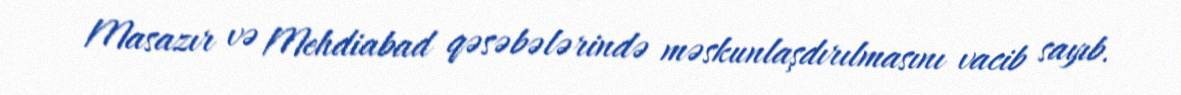
Masazır və Mehdiabad qəsəbələrində məskunlaşdırılmasını vacib sayıb.